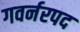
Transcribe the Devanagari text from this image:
गवर्नरपद